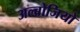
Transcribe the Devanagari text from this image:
अल्ब्रोजियो